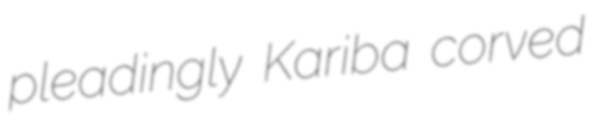
pleadingly Kariba corved